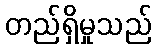
တည်ရှိမှုသည်